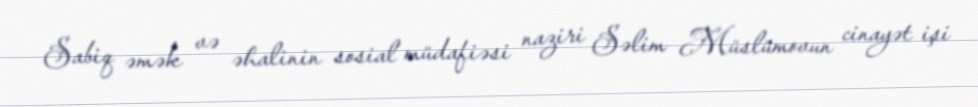
Sabiq əmək və əhalinin sosial müdafiəsi naziri Səlim Müslümovun cinayət işi